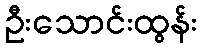
ဦးသောင်းထွန်း